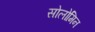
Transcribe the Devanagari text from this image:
सोलोमिन